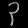
Digit: ၃